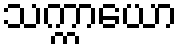
သက္ကာယော